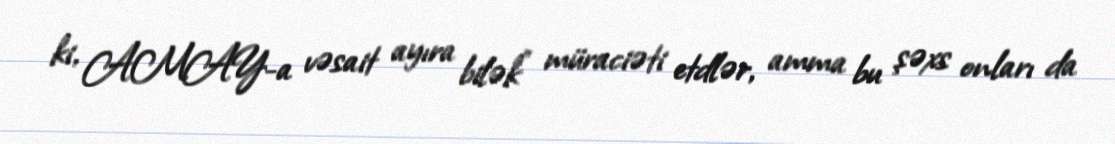
ki, AMAY-a vəsait ayıra bilək” müraciəti etdlər, amma bu şəxs onları da